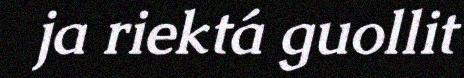
ja riektá guollit